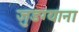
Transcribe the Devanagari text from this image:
जुडग्याना